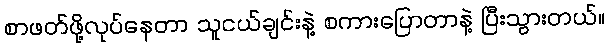
စာဖတ်ဖို့လုပ်နေတာ သူငယ်ချင်းနဲ့ စကားပြောတာနဲ့ ပြီးသွားတယ်။